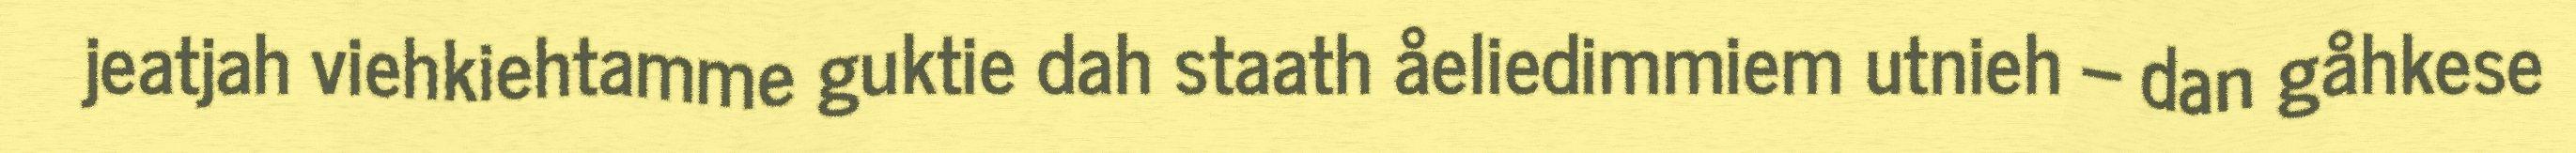
jeatjah viehkiehtamme guktie dah staath åeliedimmiem utnieh – dan gåhkese